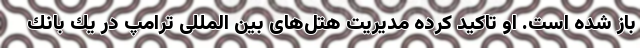
باز شده است. او تاکید کرده مدیریت هتل‌های بین المللی ترامپ در یك بانك